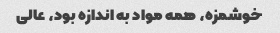
خوشمزه، همه مواد به اندازه بود، عالی